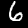
Label: 6